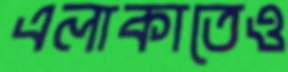
এলাকাতেও